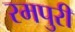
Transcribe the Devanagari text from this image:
रमपुरी